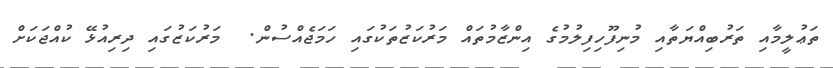
ތަޢުލީމާއި ތަރުބިއްޔަތާއި މުނިފޫހިފިލުމުގެ އިންޒާމުތައް މަރުކަޒުތަކުގައި ހަމަޖެއްސުން.  މަރުކަޒުގައި ދިރިއުޅޭ ކުއްޖަކަށް